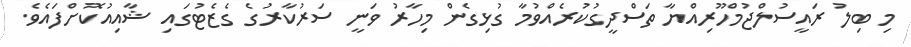
މި ބިލު ރައީސުލްޖުމްހޫރިއްޔާ ތަސްދީގުކުރެއްވުމާ ގުޅިގެން މިހާރު ވަނީ ސަރުކާރުގެ ގެޒެޓުގައި ޝާއިއުކޮށްފައެވެ.